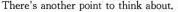
There's another point to think about.